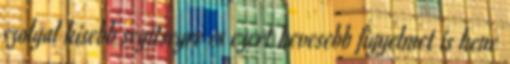
szolgal kisebb segitsegre es ezert kevesebb figyelmet is kene